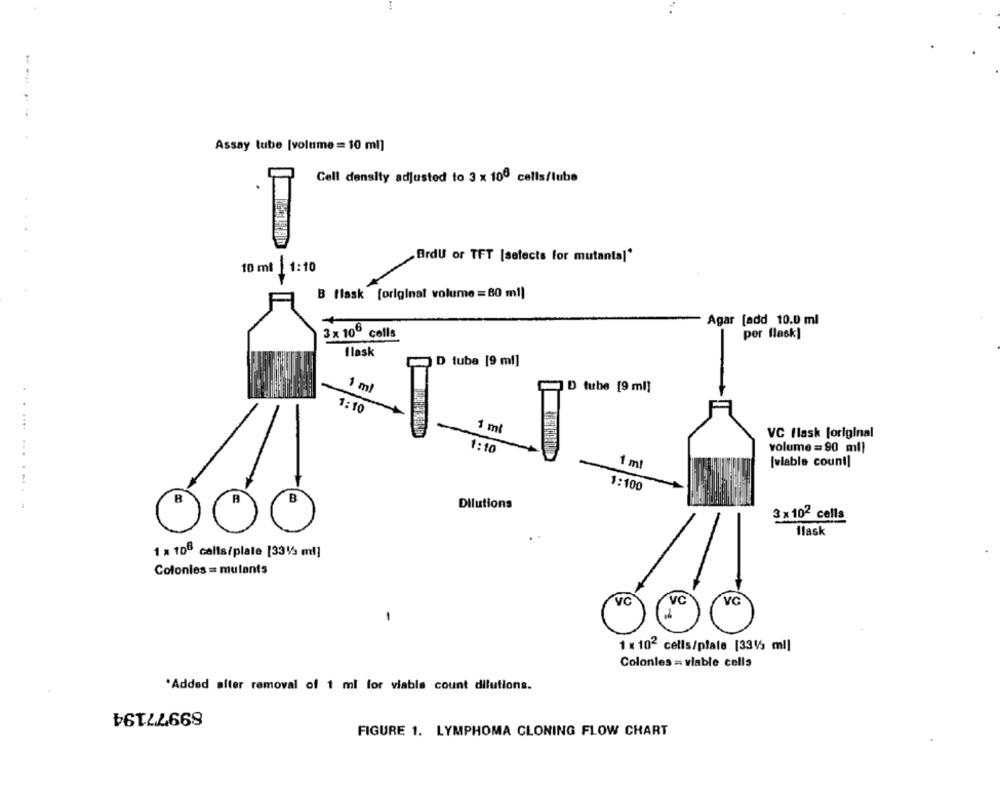
Assay tube [volume = 10 ml]
Cell density adjusted to 3 x 100 cells/lube
.
Brdu or TFT [selects for mutanta]"
10 ml | 1:10
B flask [original volume = 80 ml]
Agar [add 10.0 ml
3 x 100 colls
per flask]
flask
D tube [9 ml]
1 ml
D tube [9 ml]
1:10
1 ml
VC flask [original
1:10
volume = 90 ml|
1 ml
[viable count]
1:100
.... .. .-.-
B
B
Dilutions
3 x 102 cells
Hlask
1 x 100 calls/plate [33% ml]
Colonies = mutants
VC
VG
VC
1 × 102 cells/plate [3313 ml]
Colonles = viable cells
*Added alter removal of 1 ml for viable count dilutions.
89977194
FIGURE 1. LYMPHOMA CLONING FLOW CHART